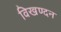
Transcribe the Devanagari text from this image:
विखण्दन